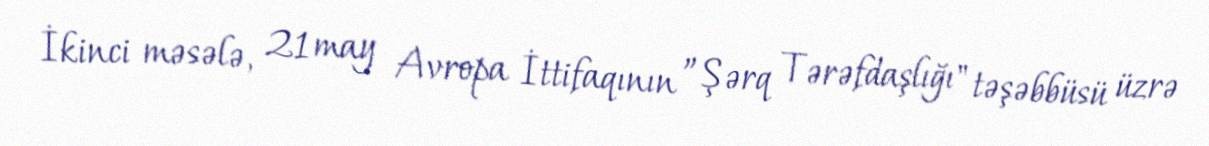
İkinci məsələ, 21 may Avropa İttifaqının ”Şərq Tərəfdaşlığı" təşəbbüsü üzrə